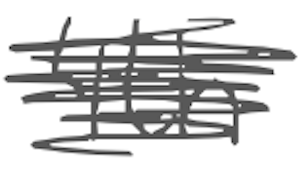
Text: 4th
Cross-out: scratch
Writing tool: digital_gray